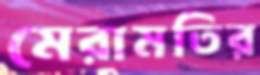
মেরামতির